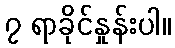
၇ ရာခိုင်နှုန်းပါ။